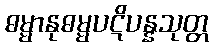
ဓမ္မာနုဓမ္မပဋိပန္နသုတ္တ